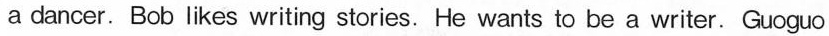
a dancer. Bob likes writing stories. He wants to be a writer.Guoguo